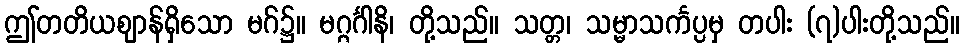
ဤတတိယဈာန်ရှိသော မဂ်၌။ မဂ္ဂင်္ဂါနိ၊ တို့သည်။ သတ္တ၊ သမ္မာသင်္ကပ္ပမှ တပါး (၇)ပါးတို့သည်။